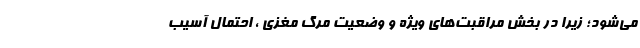
می‌شود؛ زیرا در بخش مراقبت‌های ویژه و وضعیت مرگ مغزی ، احتمال آسیب